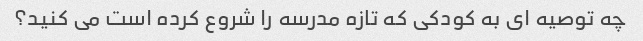
چه توصیه ای به کودکی که تازه مدرسه را شروع کرده است می کنید؟